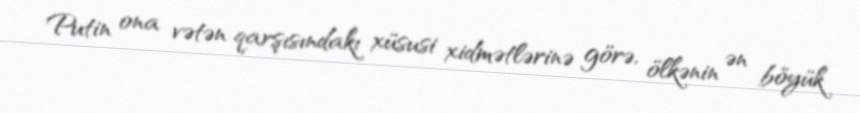
Putin ona vətən qarşısındakı xüsusi xidmətlərinə görə, ölkənin ən böyük